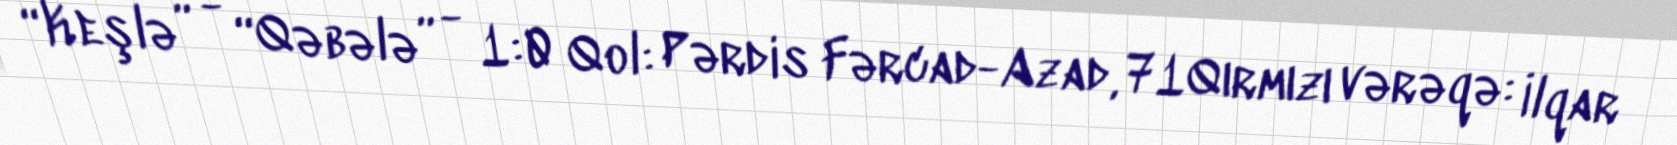
“Keşlə” - “Qəbələ” - 1:0 Qol: Pərdis Fərcad-Azad, 71Qırmızı vərəqə: İlqar